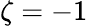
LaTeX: \zeta=-1